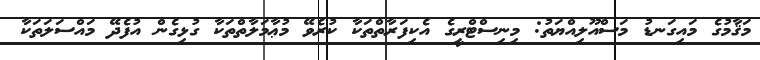
މަޤާމުގެ މައިގަނޑު މަސްއޫލިއްޔަތު: މިނިސްޓްރީގެ އެކިފަރާތްތަކާ ކުރެވޭ މުޢާމަލާތްތަކާ ގުޅިގެން އުފެދޭ މައްސަލަތަކާ